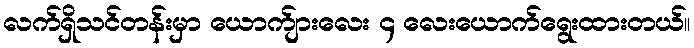
လက်ရှိသင်တန်းမှာ ယောက်ျားလေး ၄ လေးယောက်ရွေးထားတယ်။